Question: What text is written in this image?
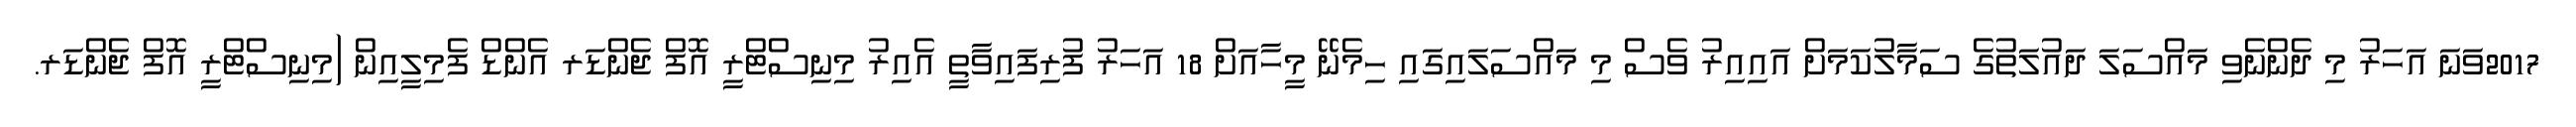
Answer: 2017ވަނަ އަހަރު މި ދެންނެވި މައްސަލަ ދައުލަތުގެ ސަމާލުކަމަށް އައިއިރު ވެސް މި މައްސަލައިގައި ހިމެނޭ މީހާއަށް 18 އަހަރު ފުރިފައިވާތީ އެއިރު މިނިސްޓްރީ އޮފް ޖެންޑަރ އެންޑް ފެމިލީއިން (މިނިސްޓްރީ އޮފް ޖެންޑަރ.